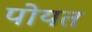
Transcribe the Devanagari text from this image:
पोयत